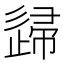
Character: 𨓼